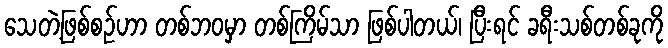
သေတဲ့ဖြစ်စဉ်ဟာ တစ်ဘဝမှာ တစ်ကြိမ်သာ ဖြစ်ပါတယ်၊ ပြီးရင် ခရီးသစ်တစ်ခုကို